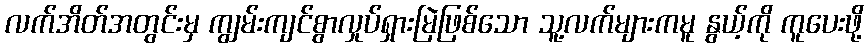
လက်အိတ်အတွင်းမှ ကျွမ်းကျင်စွာလှုပ်ရှားမြဲဖြစ်သော သူ့လက်များကမူ နွယ့်ကို ကူပေးဖို့